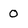
Character: 0